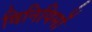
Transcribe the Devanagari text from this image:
विनियिमों